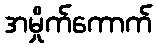
အမှိုက်ကောက်